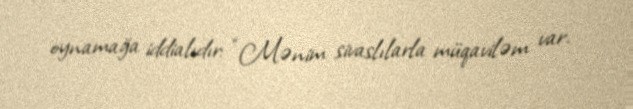
oynamağa iddialıdır: “Mənim sivaslılarla müqaviləm var.